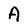
Character: A